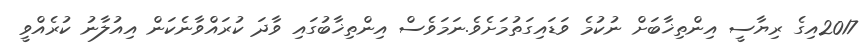
2017އިގެ ރިޔާސީ އިންތިޚާބަށް ނުކުމެ ވަޑައިގަތުމަށެވެ.ނަމަވެސް އިންތިޚާބުގައި ވާދަ ކުރައްވާނެކަން އިއުލާނު ކުރެއްވީ